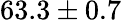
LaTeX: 63.3\pm{0.7}